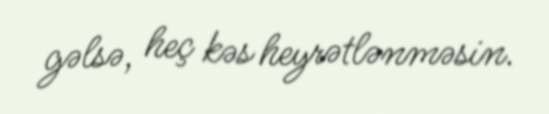
gəlsə, heç kəs heyrətlənməsin.